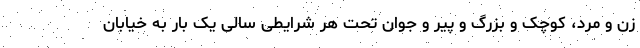
زن و مرد، کوچک و بزرگ و پیر و جوان تحت هر شرایطی سالی یک بار به خیابان